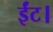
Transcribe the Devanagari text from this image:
ईंट।